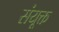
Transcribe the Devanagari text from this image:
संयूक्त